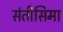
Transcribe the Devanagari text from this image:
संतीसिमा